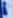
Text: 1